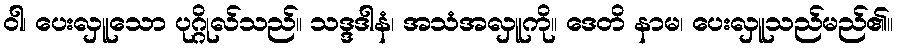
ဝါ၊ ပေးလှူသော ပုဂ္ဂိုလ်သည်။ သဒ္ဒဒါနံ၊ အသံအလှူကို။ ဒေတိ နာမ၊ ပေးလှူသည်မည်၏။